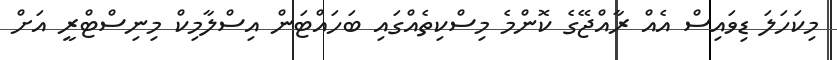
މިކަހަލަ ޑިވައިސް އެއް ރާއްޖޭގެ ކޮންމެ މިސްކިތެއްގައި ބަހައްޓަން އިސްލާމިކް މިނިސްޓްރީ އަށް